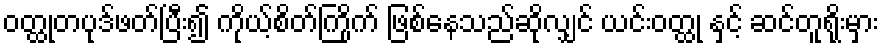
ဝတ္ထုတပုဒ်ဖတ်ပြီး၍ ကိုယ့်စိတ်ကြိုက် ဖြစ်နေသည်ဆိုလျှင် ယင်းဝတ္ထု နှင့် ဆင်တူရိုးမှား